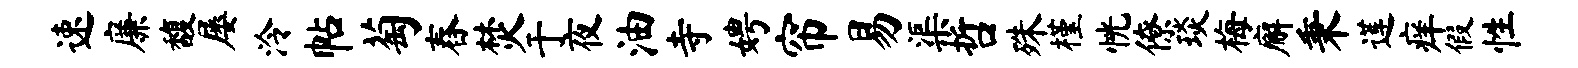
速廉馥屡泠帖萄舂焚于夜油寺娉帘易渠哲殊槿恍僚琰梅廨秉莲痒假性